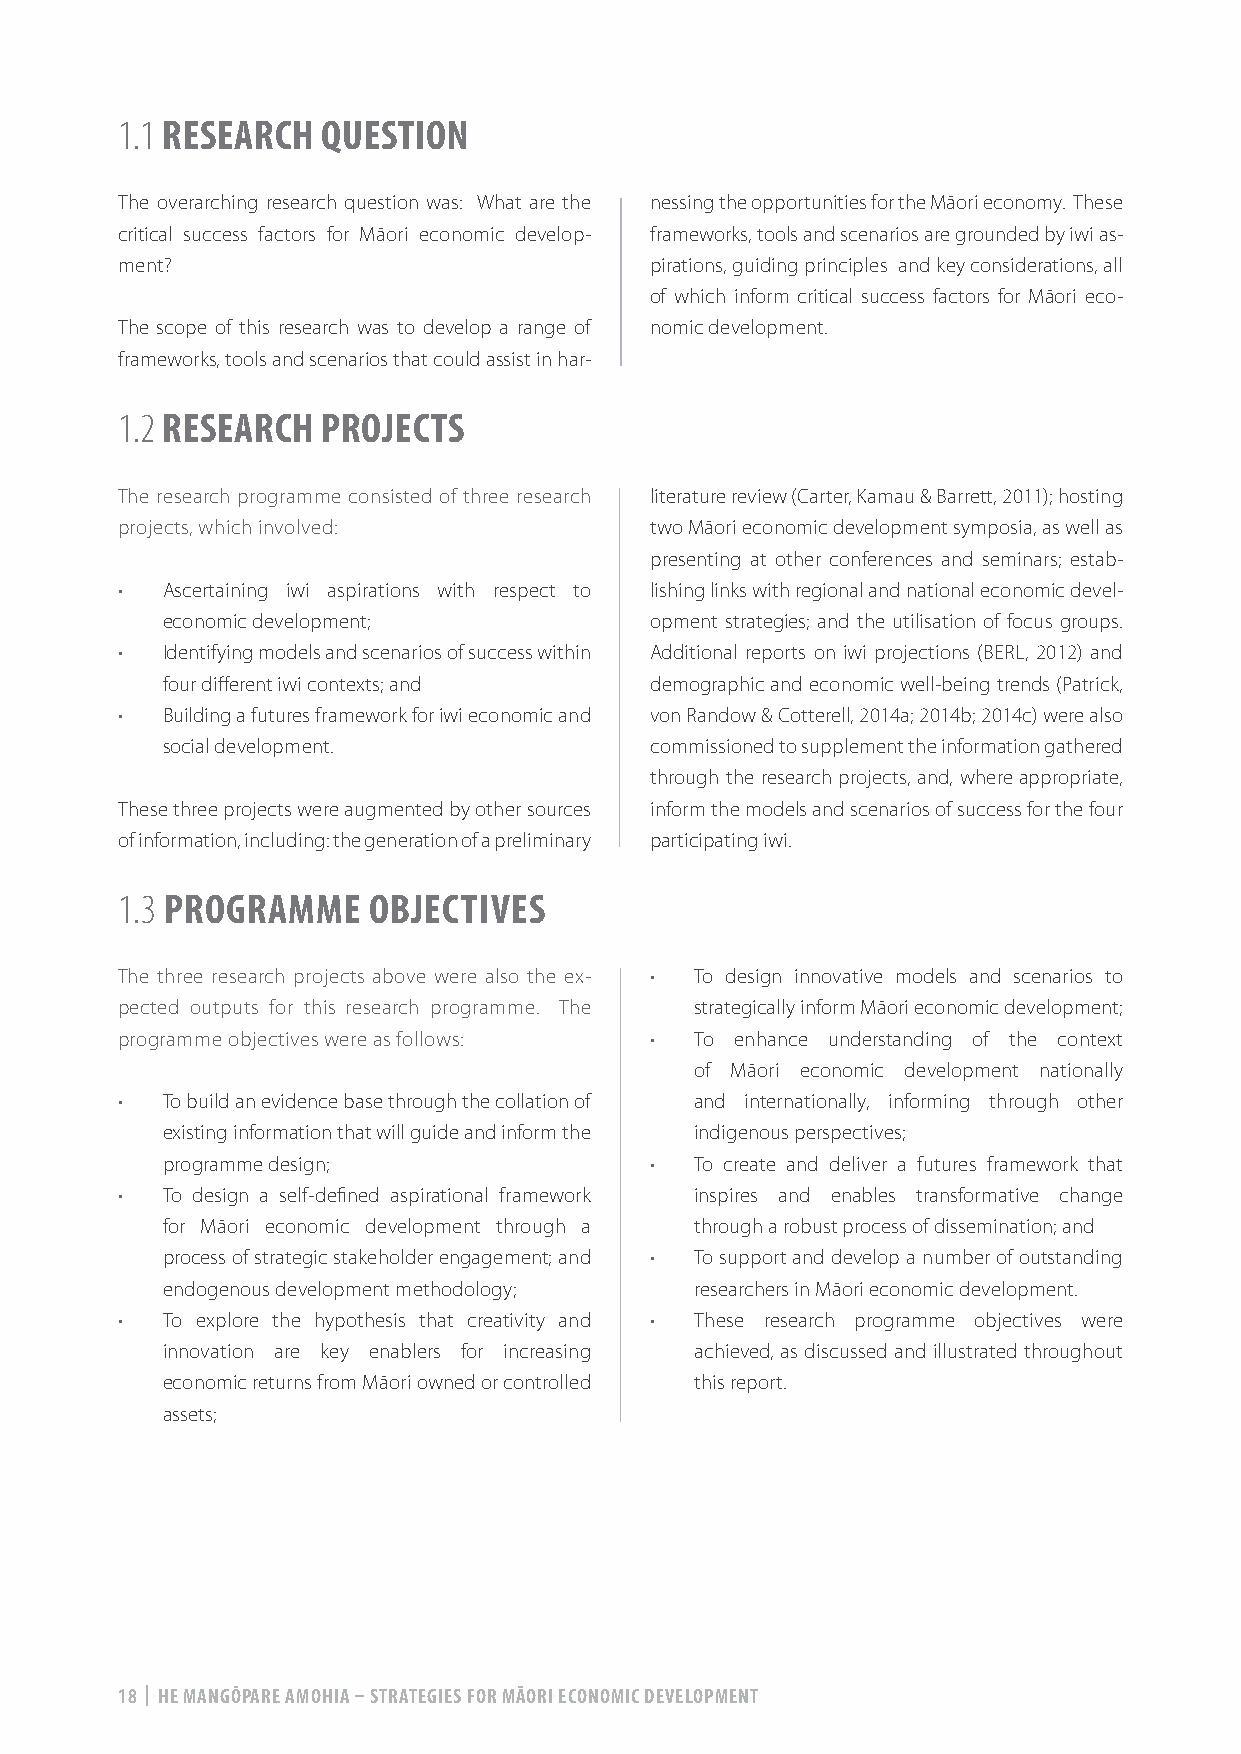
1.1 RESEARCH QUESTION
 The overarching research question was: What are the nessing the opportunities for the Māori economy. These
 critical success factors for Māori economic develop- frameworks, tools and scenarios are grounded by iwi as-
 ment?                              pirations, guiding principles and key considerations, all
 of which inform critical success factors for Māori eco-
 The scope of this research was to develop a range of nomic development.
 frameworks, tools and scenarios that could assist in har-
 1.2 RESEARCH PROJECTS
 The research programme consisted of three research literature review (Carter, Kamau & Barrett, 2011); hosting
 projects, which involved:          two Māori economic development symposia, as well as
 presenting at other conferences and seminars; estab-
 •  Ascertaining iwi aspirations with respect to lishing links with regional and national economic devel-
 economic development;           opment strategies; and the utilisation of focus groups.
 •  Identifying models and scenarios of success within Additional reports on iwi projections (BERL, 2012) and
 four different iwi contexts; and demographic and economic well-being trends (Patrick,
 •  Building a futures framework for iwi economic and von Randow & Cotterell, 2014a; 2014b; 2014c) were also
 social development.             commissioned to supplement the information gathered
 through the research projects, and, where appropriate,
 These three projects were augmented by other sources inform the models and scenarios of success for the four
 of information, including: the generation of a preliminary participating iwi.
 1.3 PROGRAMME   OBJECTIVES
 The three research projects above were also the ex- • To design innovative models and scenarios to
 pected outputs for this research programme. The strategically inform Māori economic development;
 programme objectives were as follows: • To enhance understanding of the context
 of Māori economic development nationally
 •  To build an evidence base through the collation of and internationally, informing through other
 existing information that will guide and inform the indigenous perspectives;
 programme design;               •  To create and deliver a futures framework that
 •  To design a self-defined aspirational framework inspires and enables transformative change
 for Māori economic development through a through a robust process of dissemination; and
 process of strategic stakeholder engagement; and • To support and develop a number of outstanding
 endogenous development methodology; researchers in Māori economic development.
 •  To explore the hypothesis that creativity and • These research programme objectives were
 innovation are key enablers for increasing achieved, as discussed and illustrated throughout
 economic returns from Māori owned or controlled this report.
 assets;
 18 | HE MANGŌPARE AMOHIA – STRATEGIES FOR MĀORI ECONOMIC DEVELOPMENT